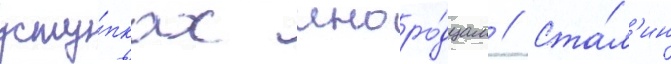
усту́пках иноро́дцам // Ста́л'ин